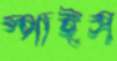
স্পাইস